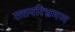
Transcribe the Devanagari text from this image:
रक्तपरिभ्रमण